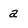
Character: a